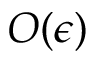
O ( \epsilon )